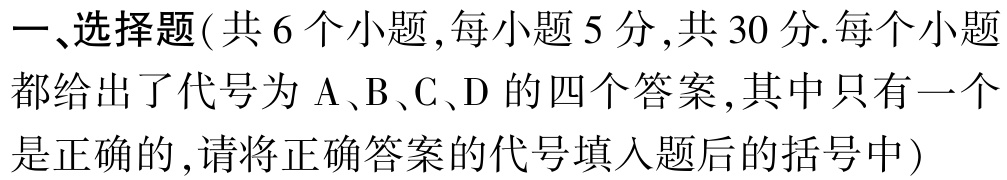
一、选择题(共6个小题,每小题5分,共30分.每个小题都给出了代号为A、B、C、D的四个答案,其中只有一个是正确的,请将正确答案的代号填入题后的括号中)